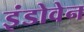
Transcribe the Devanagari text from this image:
इंडोवेन